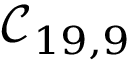
\mathcal { C } _ { 1 9 , 9 }